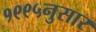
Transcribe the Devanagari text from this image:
१९९५नुसार